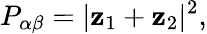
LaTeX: P_{\alpha\beta}=|{\mathbf z}_{1}+{\mathbf z}_{2}|^{2},